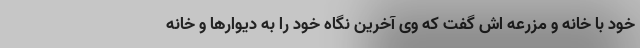
خود با خانه‌ و مزرعه اش گفت که وی آخرین نگاه خود را به دیوارها و خانه